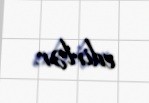
edirlər.